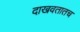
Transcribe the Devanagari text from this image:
दाखवतातच